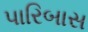
પારિબાસ